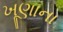
ખૂણાના